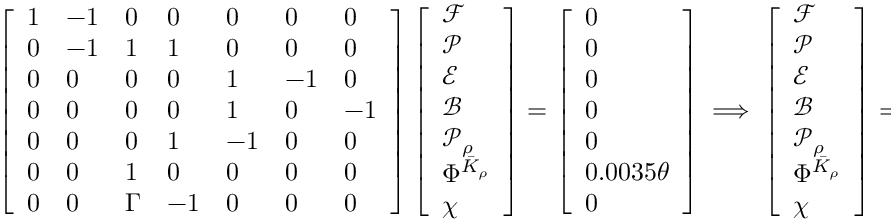
\left[ \begin{array} { l l l l l l l } { 1 } & { - 1 } & { 0 } & { 0 } & { 0 } & { 0 } & { 0 } \\ { 0 } & { - 1 } & { 1 } & { 1 } & { 0 } & { 0 } & { 0 } \\ { 0 } & { 0 } & { 0 } & { 0 } & { 1 } & { - 1 } & { 0 } \\ { 0 } & { 0 } & { 0 } & { 0 } & { 1 } & { 0 } & { - 1 } \\ { 0 } & { 0 } & { 0 } & { 1 } & { - 1 } & { 0 } & { 0 } \\ { 0 } & { 0 } & { 1 } & { 0 } & { 0 } & { 0 } & { 0 } \\ { 0 } & { 0 } & { \Gamma } & { - 1 } & { 0 } & { 0 } & { 0 } \end{array} \right] \left[ \begin{array} { l } { \mathcal { F } } \\ { \mathcal { P } } \\ { \mathcal { E } } \\ { \mathcal { B } } \\ { \mathcal { P } _ { \rho } } \\ { \Phi ^ { \bar { K } _ { \rho } } } \\ { \chi } \end{array} \right] = \left[ \begin{array} { l } { 0 } \\ { 0 } \\ { 0 } \\ { 0 } \\ { 0 } \\ { 0 . 0 0 3 5 \theta } \\ { 0 } \end{array} \right] \ \Longrightarrow \ \left[ \begin{array} { l } { \mathcal { F } } \\ { \mathcal { P } } \\ { \mathcal { E } } \\ { \mathcal { B } } \\ { \mathcal { P } _ { \rho } } \\ { \Phi ^ { \bar { K } _ { \rho } } } \\ { \chi } \end{array} \right] = 0 . 0 3 5 \theta \left[ \begin{array} { l } { 1 + \Gamma } \\ { 1 + \Gamma } \\ { 1 } \\ { \Gamma } \\ { \Gamma } \\ { \Gamma } \\ { \Gamma } \end{array} \right] ,